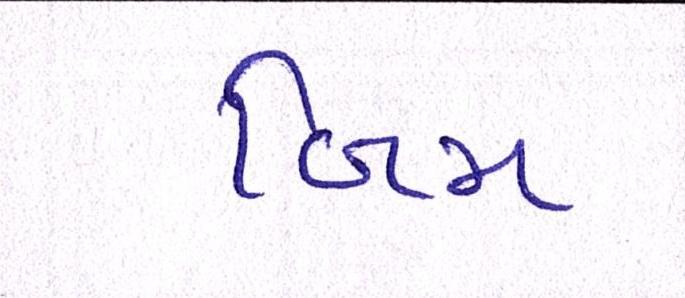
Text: બિમ